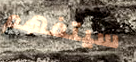
سيتفهم